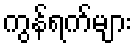
ကွန်ရက်များ